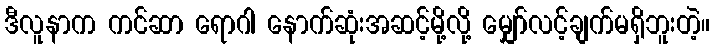
ဒီလူနာက ကင်ဆာ ရောဂါ နောက်ဆုံးအဆင့်မို့လို့ မျှော်လင့်ချက်မရှိဘူးတဲ့။